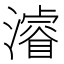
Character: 濬